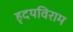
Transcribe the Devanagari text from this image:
हृदयविराम